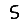
Digit: 5